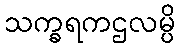
သက္ခရကဌလမ္ပိ